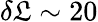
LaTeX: \delta\mathfrak{L}\sim20